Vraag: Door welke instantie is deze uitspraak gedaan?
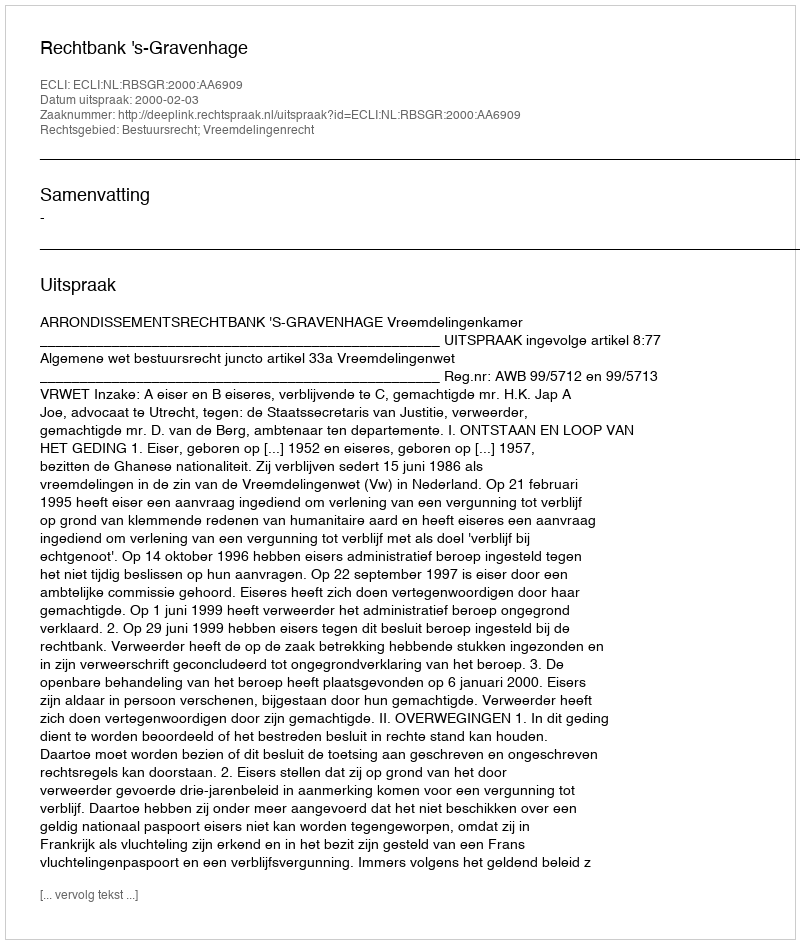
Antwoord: Rechtbank 's-Gravenhage